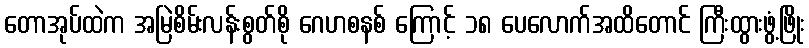
တောအုပ်ထဲက အမြဲစိမ်းလန်းစွတ်စို ဂေဟစနစ် ကြောင့် ၁၈ ပေလောက်အထိတောင် ကြီးထွားဖွံ့ဖြိုး